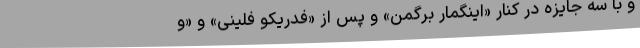
و با سه جایزه در کنار «اینگمار برگمن» و پس از «فدریکو فلینی» و «و